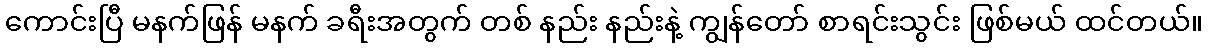
ကောင်းပြီ မနက်ဖြန် မနက် ခရီးအတွက် တစ် နည်း နည်းနဲ့ ကျွန်တော် စာရင်းသွင်း ဖြစ်မယ် ထင်တယ်။